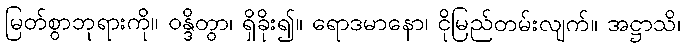
မြတ်စွာဘုရားကို။ ဝန္ဒိတွာ၊ ရှိခိုး၍။ ရောဒမာနော၊ ငိုမြည်တမ်းလျက်။ အဋ္ဌာသိ၊